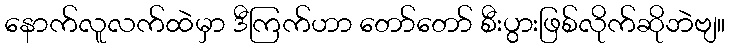
နောက်လူလက်ထဲမှာ ဒီကြက်ဟာ တော်တော် စီးပွားဖြစ်လိုက်ဆိုဘဲဗျ။